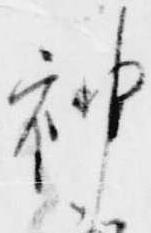
神